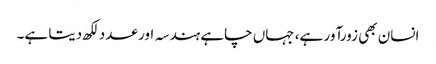
انسان بھی زورآور ہے، جہاں چاہے ہندسہ اور عدد لکھ دیتا ہے۔